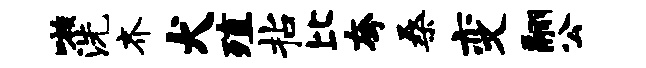
嗾洗齐犬殖拈比夸桑变翮公